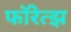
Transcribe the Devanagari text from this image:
फॉरेत्झ